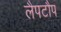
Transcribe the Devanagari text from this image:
लैपटौप